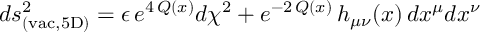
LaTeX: d s _ { \mathrm { ( v a c , 5 D ) } } ^ { 2 } = \epsilon \, e ^ { 4 \, Q ( x ) } d \chi ^ { 2 } + e ^ { - 2 \, Q ( x ) } \, h _ { \mu \nu } ( x ) \, d x ^ { \mu } d x ^ { \nu }